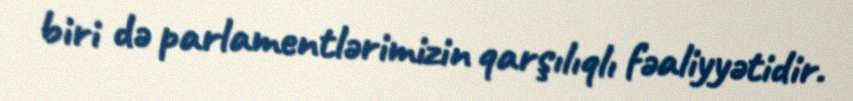
biri də parlamentlərimizin qarşılıqlı fəaliyyətidir.